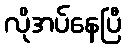
လိုအပ်နေပြီ